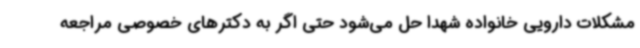
مشکلات دارویی خانواده شهدا حل می‌شود حتی اگر به دکترهای خصوصی مراجعه